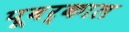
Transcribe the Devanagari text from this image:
पूवर्काल